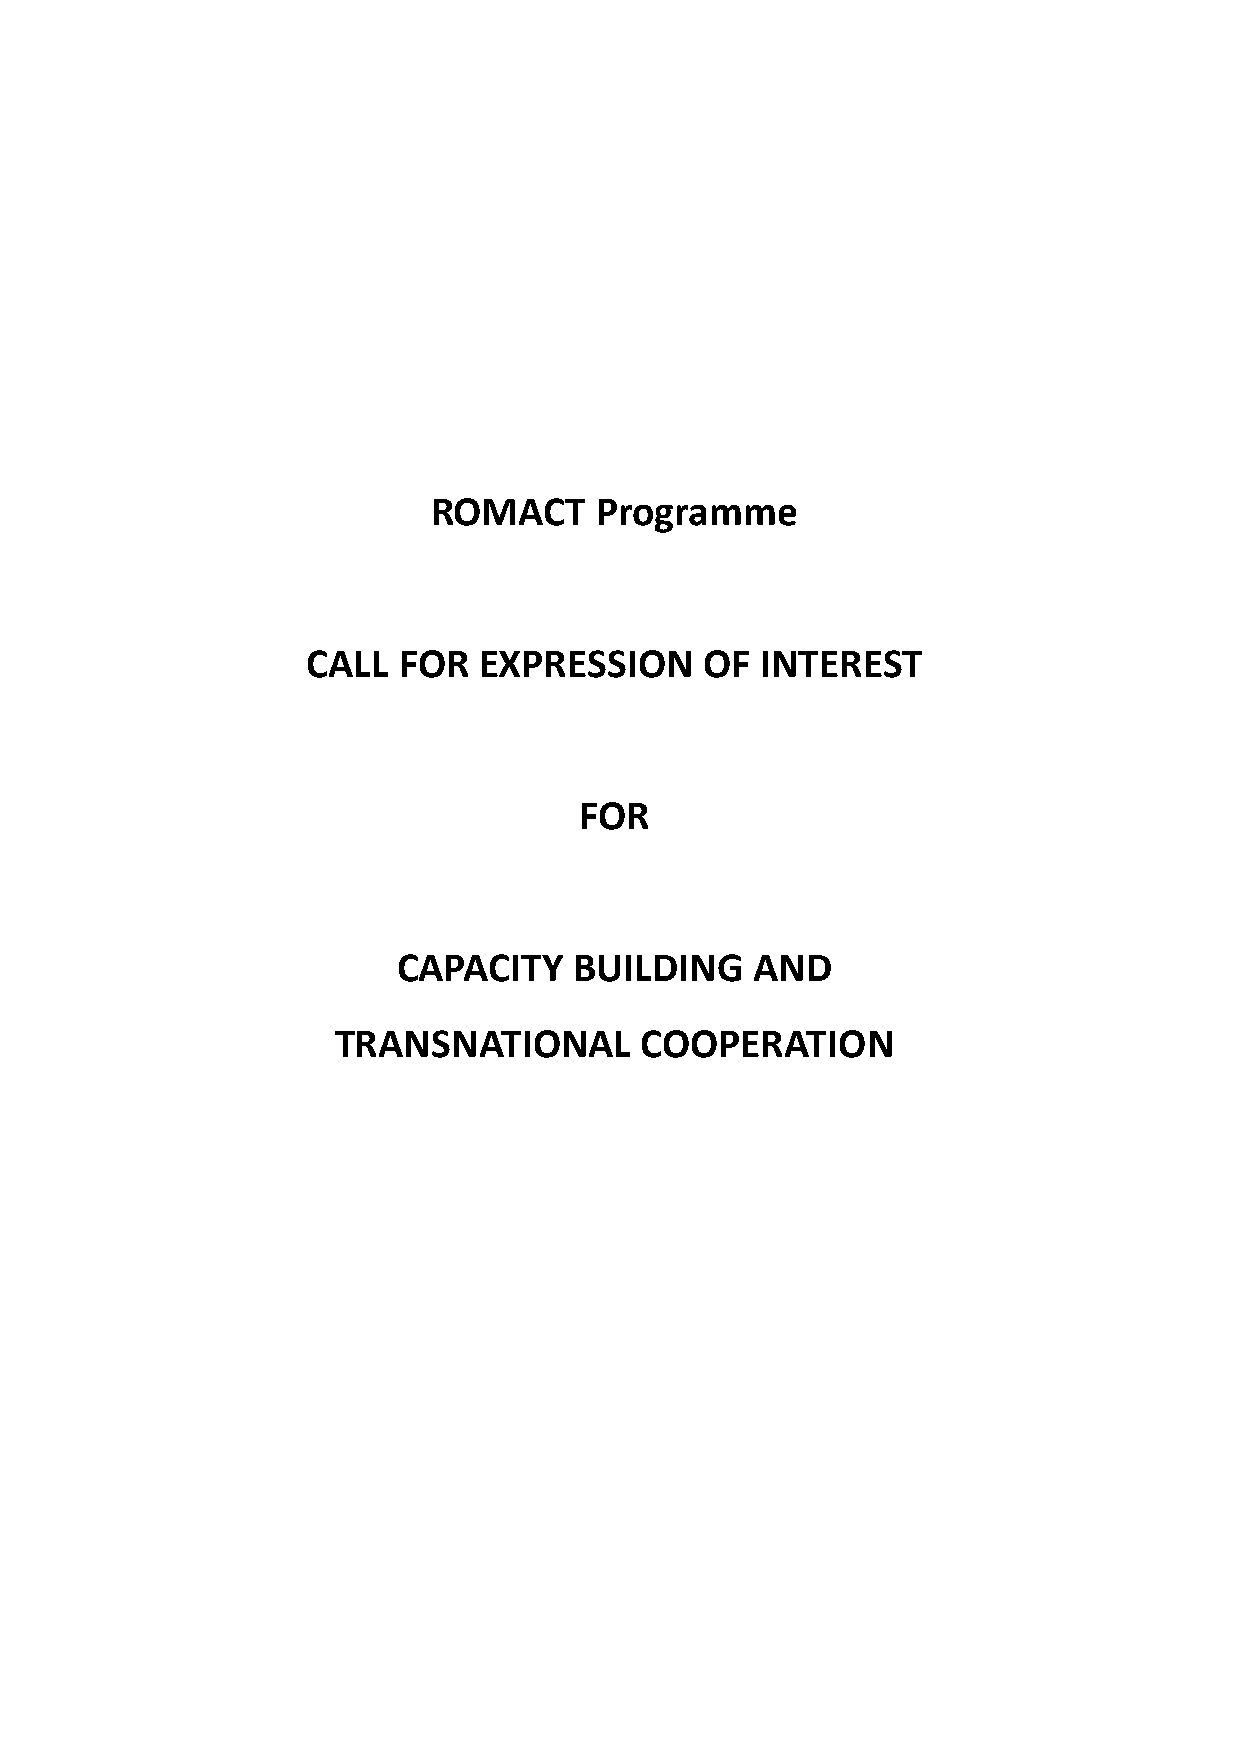
ROMACT    Programme
 CALL  FOR   EXPRESSION     OF INTEREST
 FOR
 CAPACITY    BUILDING    AND
 TRANSNATIONAL       COOPERATION